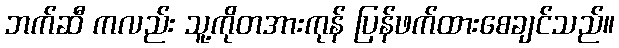
ဘက်ဆီ ကလည်း သူ့ကိုတအားကုန် ပြန်ဖက်ထားစေချင်သည်။